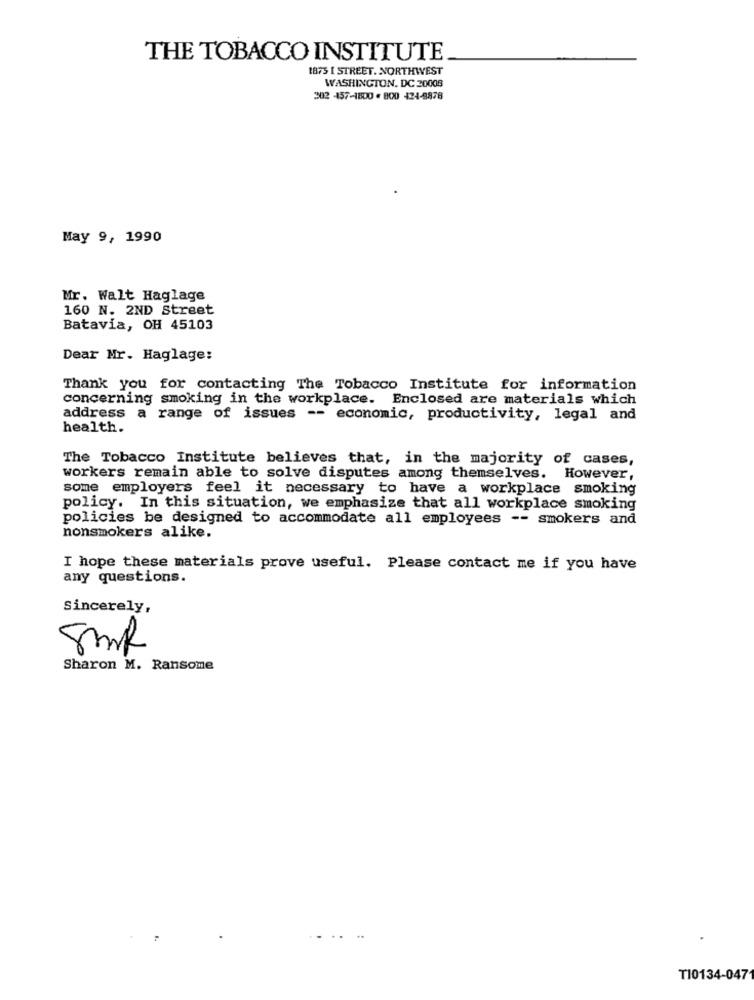
THE TOBACCO INSTITUTE
1873 1 STREET. NORTHWEST
WASHINGTON, DC 20008
202 457-1800 . 800 424-8878
May 9, 1990
Mr. Walt Haglage
160 N. 2ND Street
Batavia, OH 45103
Dear Mr. Haglage:
Thank you for contacting The Tobacco Institute for information
concerning smoking in the workplace. Enclosed are materials which
address a range of issues -- economic, productivity, legal and
health.
The Tobacco Institute believes that, in the majority of cases,
workers remain able to solve disputes among themselves. However,
some employers feel it necessary to have a workplace smoking
policy. In this situation, we emphasize that all workplace smoking
policies be designed to accommodate all employees -- smokers and
nonsmokers alike.
I hope these materials prove useful. Please contact me if you have
any questions.
Sincerely,
5ml
Sharon M. Ransome
..
T10134-047